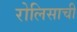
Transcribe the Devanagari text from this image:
रोलिसाची